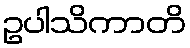
ဥပါသိကာတိ